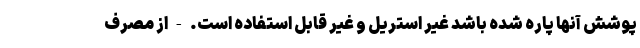
پوشش آنها پاره شده باشد غیر استریل و غیر قابل استفاده است. - از مصرف